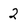
Character: 2